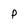
Character: p